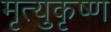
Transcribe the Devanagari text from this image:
मृत्युकृष्ण